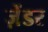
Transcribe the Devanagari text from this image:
ज़ेंडर